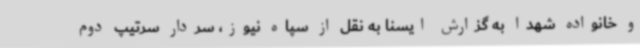
و خانواده شهدا به گزارش ایسنا به نقل از سپاه نیوز، سردار سرتیپ دوم